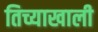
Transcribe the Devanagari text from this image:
तिच्याखाली